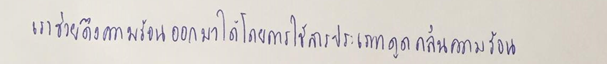
เราช่วยดึงความร้อนออกมาได้โดยการใช้สารประเภทดูดกลืนความร้อน